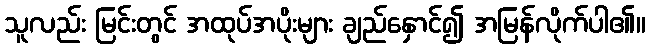
သူလည်း မြင်းတွင် အထုပ်အပိုးများ ချည်နှောင်၍ အမြန်လိုက်ပါ၏။